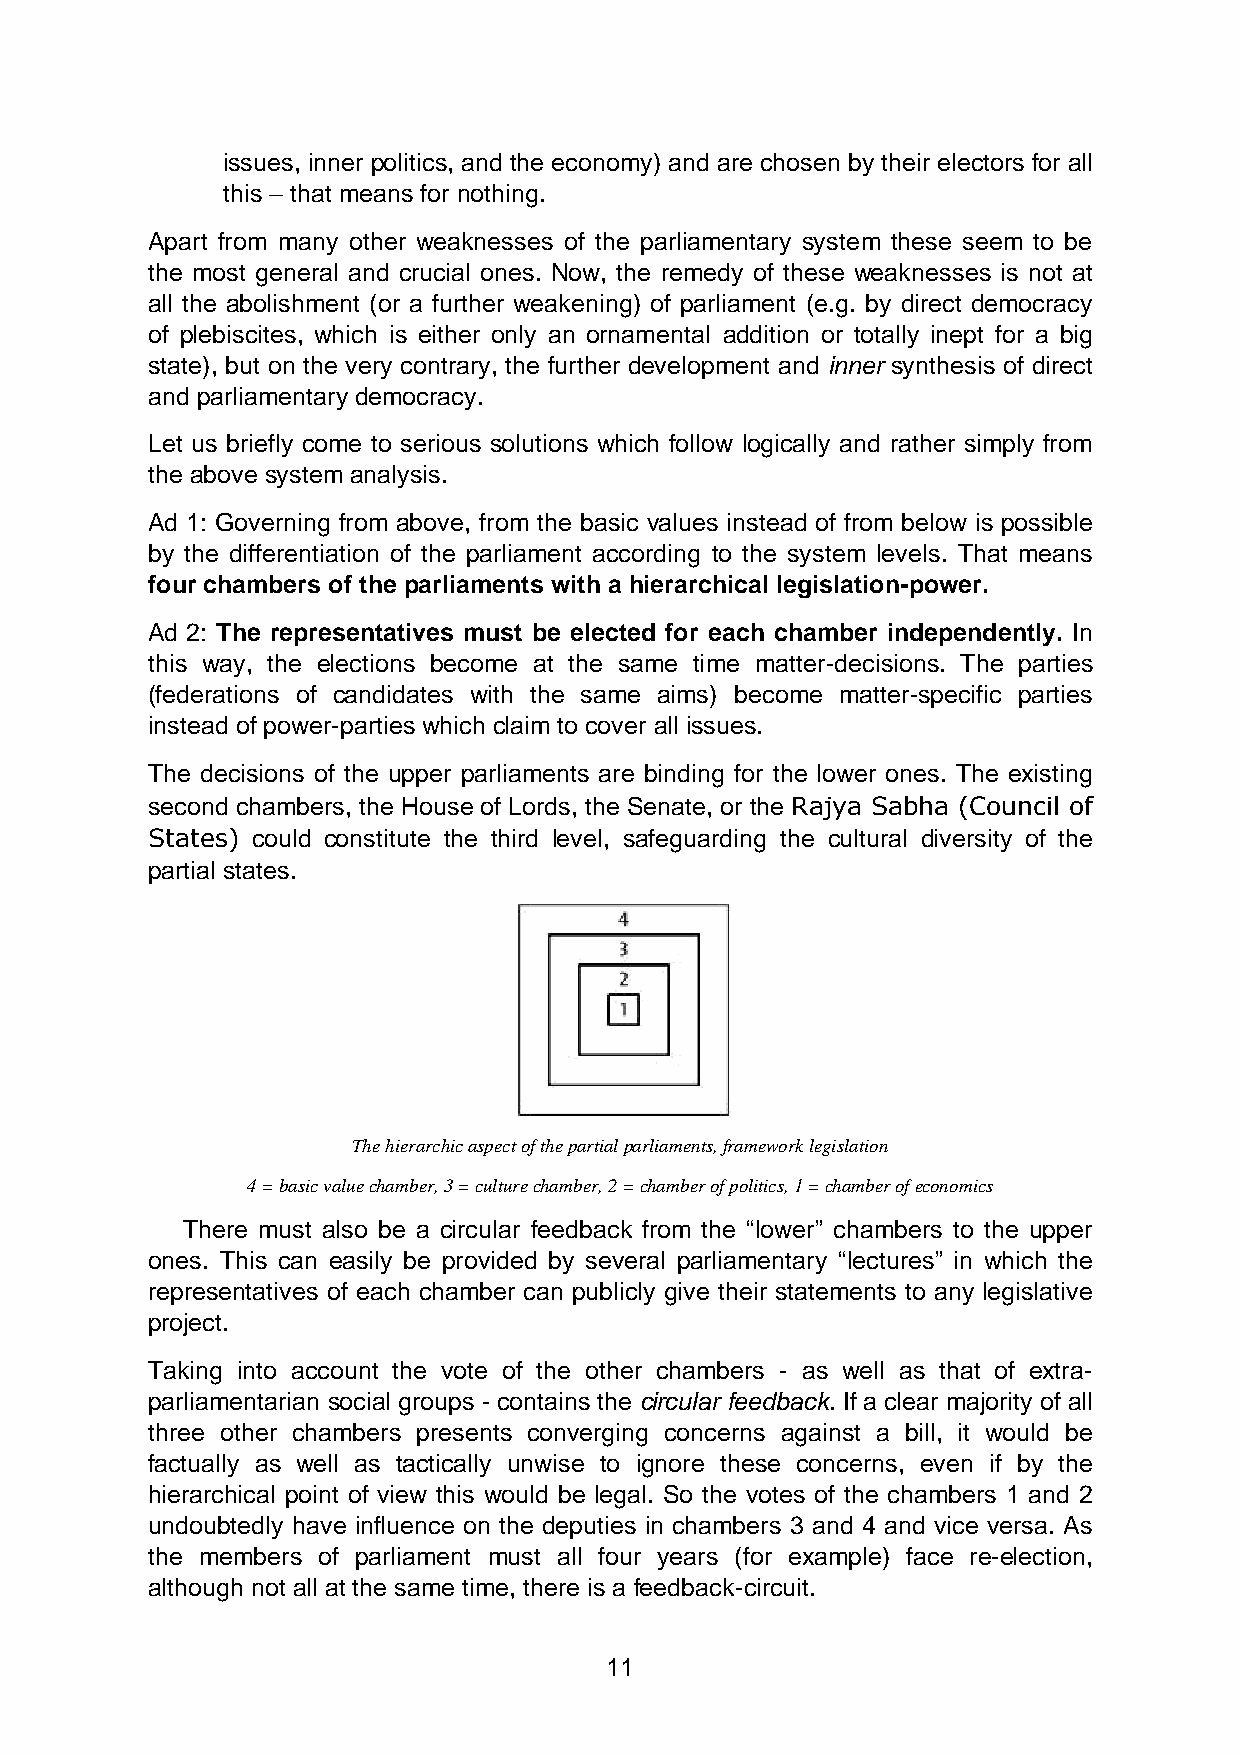
issues, inner politics, and the economy) and are chosen by their electors for all
 this – that means for nothing.
 Apart from many other weaknesses of the parliamentary system these seem to be
 the most general and crucial ones. Now, the remedy of these weaknesses is not at
 all the abolishment (or a further weakening) of parliament (e.g. by direct democracy
 of plebiscites, which is either only an ornamental addition or totally inept for a big
 state), but on the very contrary, the further development and inner synthesis of direct
 and parliamentary democracy.
 Let us briefly come to serious solutions which follow logically and rather simply from
 the above system analysis.
 Ad 1: Governing from above, from the basic values instead of from below is possible
 by the differentiation of the parliament according to the system levels. That means
 four chambers of the parliaments with a hierarchical legislation-power.
 Ad 2: The representatives must be elected for each chamber independently. In
 this way, the elections become at the same time matter-decisions. The parties
 (federations of candidates with the same aims) become matter-specific parties
 instead of power-parties which claim to cover all issues.
 The decisions of the upper parliaments are binding for the lower ones. The existing
 second chambers, the House of Lords, the Senate, or the Rajya Sabha (Council of
 States) could constitute the third level, safeguarding the cultural diversity of the
 partial states.
 The hierarchic aspect of the partial parliaments, framework legislation
 4 = basic value chamber, 3 = culture chamber, 2 = chamber of politics, 1 = chamber of economics
 There must also be a circular feedback from the “lower” chambers to the upper
 ones. This can easily be provided by several parliamentary “lectures” in which the
 representatives of each chamber can publicly give their statements to any legislative
 project.
 Taking into account the vote of the other chambers - as well as that of extra-
 parliamentarian social groups - contains the circular feedback. If a clear majority of all
 three other chambers presents converging concerns against a bill, it would be
 factually as well as tactically unwise to ignore these concerns, even if by the
 hierarchical point of view this would be legal. So the votes of the chambers 1 and 2
 undoubtedly have influence on the deputies in chambers 3 and 4 and vice versa. As
 the members of parliament must all four years (for example) face re-election,
 although not all at the same time, there is a feedback-circuit.
 11